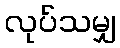
လုပ်သမျှ